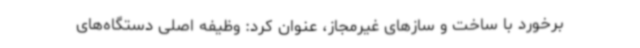
برخورد با ساخت و سازهای غیرمجاز، عنوان کرد: وظیفه اصلی دستگاه‌های